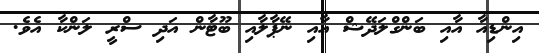
އިންޑިއާ އާއި ބަންގްލަދޭޝް އާއި ނޭޕާލާއި ބޫޓާން އަދި ސްރީ ލަންކާ އެވެ.